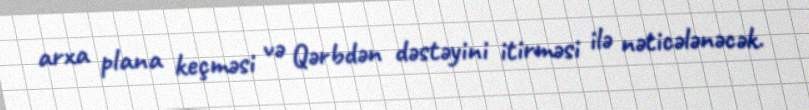
arxa plana keçməsi və Qərbdən dəstəyini itirməsi ilə nəticələnəcək.